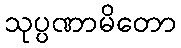
သုပ္ပဏာမိတော